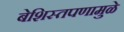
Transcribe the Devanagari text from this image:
बेशिस्तपणामुळे